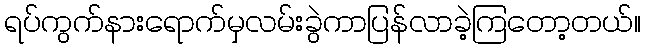
ရပ်ကွက်နားရောက်မှလမ်းခွဲကာပြန်လာခဲ့ကြတော့တယ်။